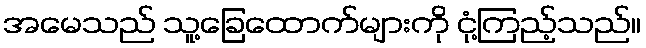
အမေသည် သူ့ခြေထောက်များကို ငုံ့ကြည့်သည်။